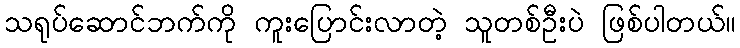
သရုပ်ဆောင်ဘက်ကို ကူးပြောင်းလာတဲ့ သူတစ်ဦးပဲ ဖြစ်ပါတယ်။